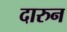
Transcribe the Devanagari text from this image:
दारुन